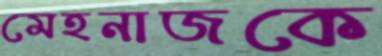
মেহনাজকে